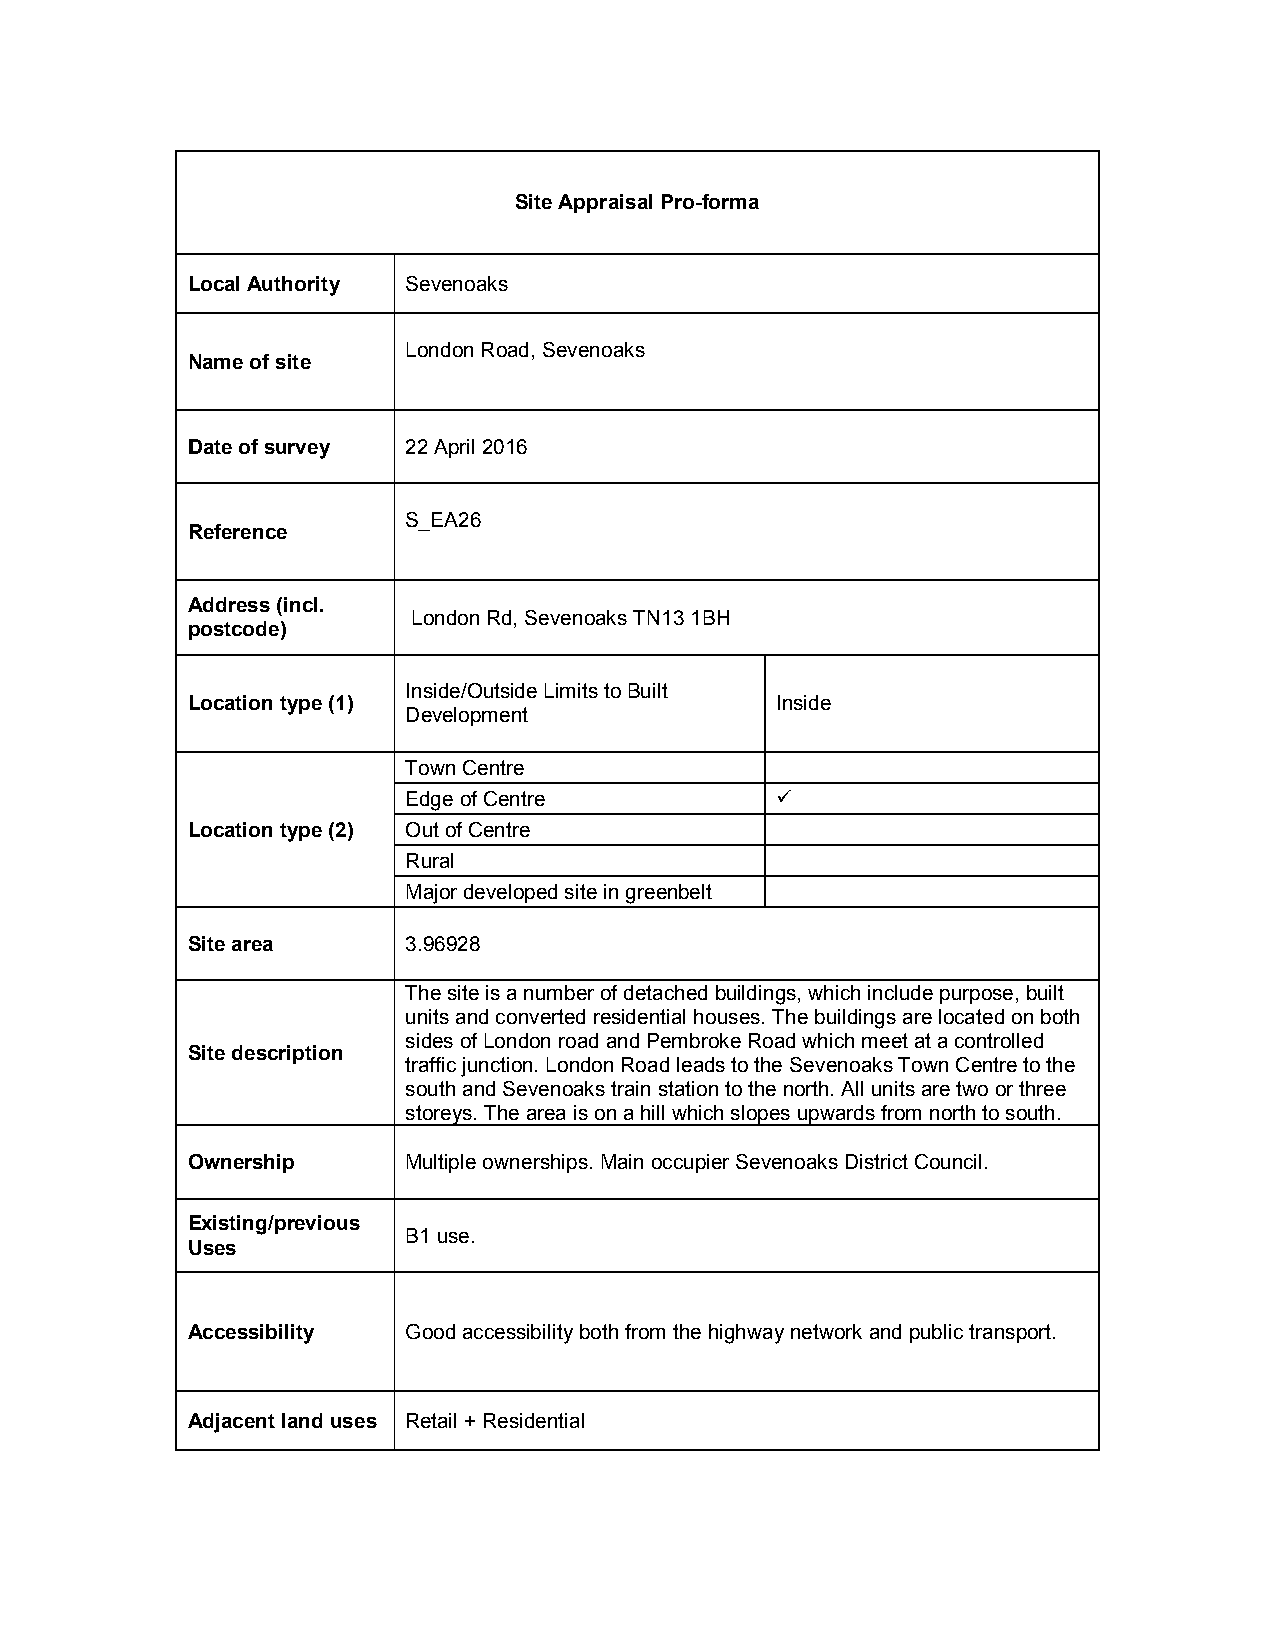
Site Appraisal Pro-forma
 Local Authority Sevenoaks
 London Road, Sevenoaks
 Name of site
 Date of survey 22 April 2016
 S_EA26
 Reference
 Address (incl.
 London Rd, Sevenoaks TN13 1BH
 postcode)
 Inside/Outside Limits to Built
 Location type (1)                      Inside
 Development
 Town Centre
 Edge of Centre          
 Location type (2) Out of Centre
 Rural
 Major developed site in greenbelt
 Site area      3.96928
 The site is a number of detached buildings, which include purpose, built
 units and converted residential houses. The buildings are located on both
 sides of London road and Pembroke Road which meet at a controlled
 Site description
 traffic junction. London Road leads to the Sevenoaks Town Centre to the
 south and Sevenoaks train station to the north. All units are two or three
 storeys. The area is on a hill which slopes upwards from north to south.
 Ownership      Multiple ownerships. Main occupier Sevenoaks District Council.
 Existing/previous
 B1 use.
 Uses
 Accessibility  Good accessibility both from the highway network and public transport.
 Adjacent land uses Retail + Residential